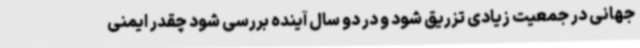
جهانی در جمعیت زیادی تزریق شود و در دو سال آینده بررسی شود چقدر ایمنی